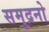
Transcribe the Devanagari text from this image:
समुद्रनो